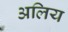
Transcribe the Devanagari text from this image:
अलिय